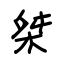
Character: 桀